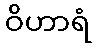
ဝိဟာရံ